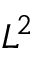
L ^ { 2 }